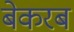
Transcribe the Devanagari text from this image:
बेकरब